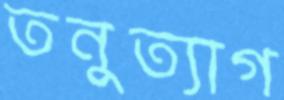
তনুত্যাগ